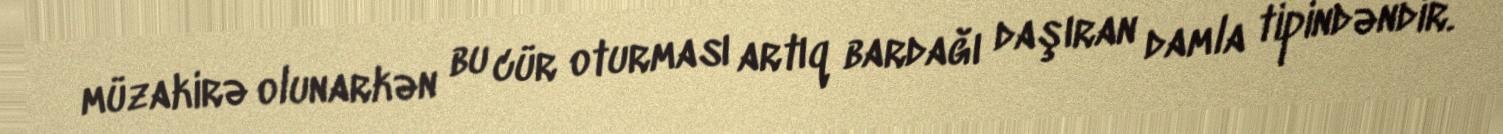
müzakirə olunarkən bu cür oturması artıq bardağı daşıran damla tipindəndir.